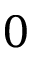
0